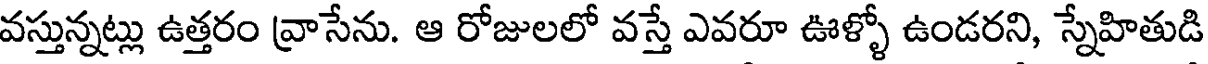
వస్తున్నట్లు ఉత్తరం వ్రాసేను. ఆ రోజులలో వస్తే ఎవరూ ఊళ్ళో ఉండరని, స్నేహితుడి